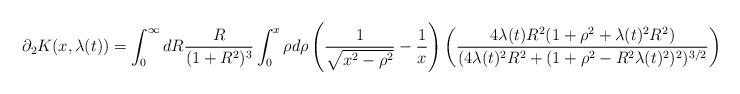
LaTeX: \begin{align*} \partial_{2}K(x,\lambda(t)) = \int_{0}^{\infty} dR \frac{R}{(1+R^{2})^{3}} \int_{0}^{x} \rho d\rho \left(\frac{1}{\sqrt{x^{2}-\rho^{2}}}-\frac{1}{x}\right) \left(\frac{4\lambda(t)R^{2}(1+\rho^{2}+\lambda(t)^{2}R^{2})}{(4\lambda(t)^{2}R^{2}+(1+\rho^{2}-R^{2}\lambda(t)^{2})^{2})^{3/2}}\right)\end{align*}